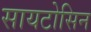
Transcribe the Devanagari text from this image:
सायटोसिन